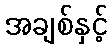
အချစ်နှင့်